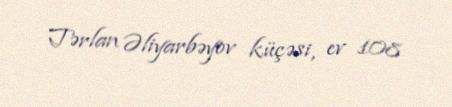
Tərlan Əliyarbəyov küçəsi, ev 108